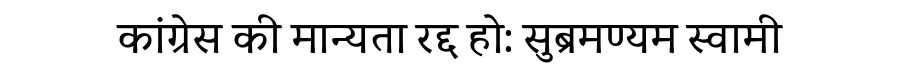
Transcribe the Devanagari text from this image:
कांग्रेस की मान्यता रद्द हो: सुब्रमण्यम स्वामी